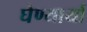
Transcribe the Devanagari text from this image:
घेण्यार्या